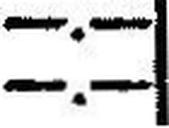
—.—